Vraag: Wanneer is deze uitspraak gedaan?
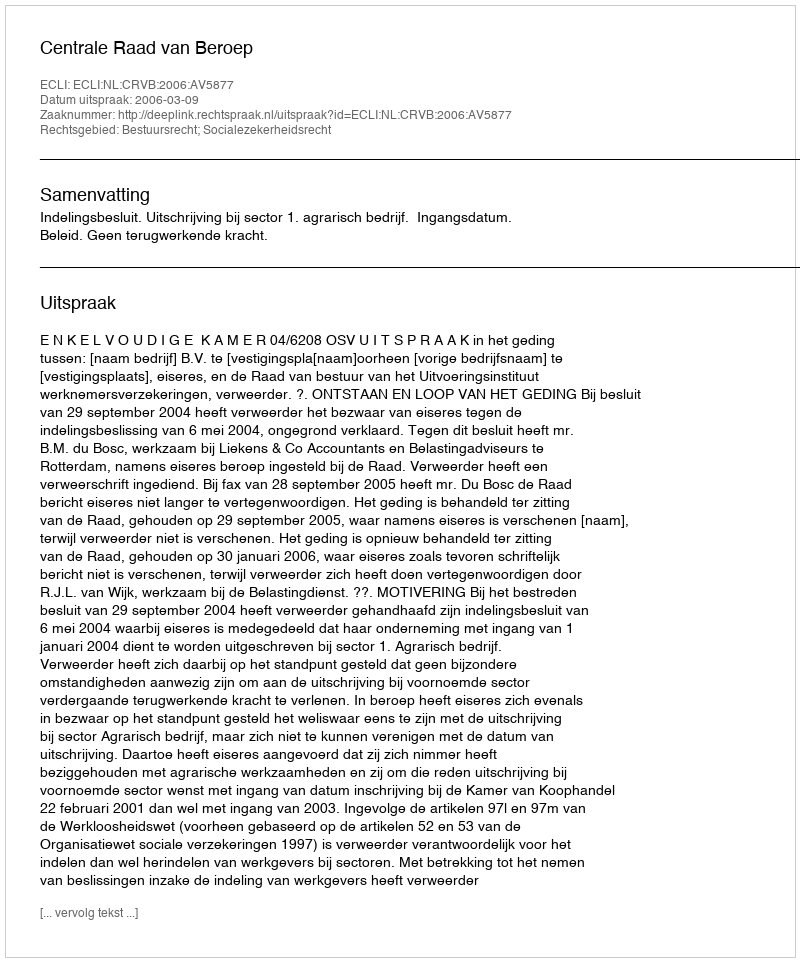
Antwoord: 2006-03-09